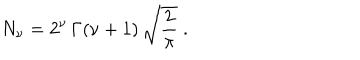
N _ { \nu } = 2 ^ { \nu } \, \Gamma ( \nu + 1 ) \, \sqrt { \frac { 2 } { \pi } } \; .